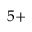
5 +